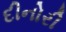
દીનોરી